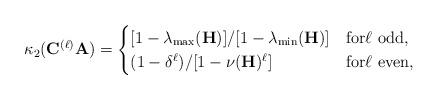
LaTeX: \begin{align*}\kappa_2 (\mathbf{C}^{(\ell)} \mathbf{A}) = \begin{cases}[1 - \lambda_{\max}(\mathbf{H})] / [1 - \lambda_{\min}(\mathbf{H})] & \mbox{for} \ell \mbox{ odd}, \\(1 - \delta^\ell) / [1 - \nu(\mathbf{H})^\ell] & \mbox{for} \ell \mbox{ even},\end{cases}\end{align*}